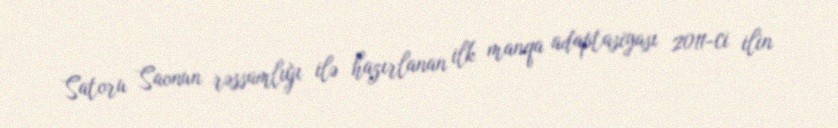
Satoru Saonun rəssamlığı ilə hazırlanan ilk manqa adaptasiyası 2011-ci ilin